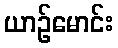
ယာဉ်မောင်း